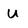
Character: u